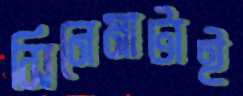
সিনেমাটাই